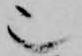
也